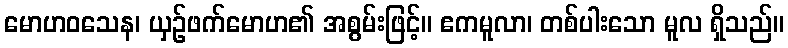
မောဟဝသေန၊ ယှဉ်ဖက်မောဟ၏ အစွမ်းဖြင့်။ ဧကမူလာ၊ တစ်ပါးသော မူလ ရှိသည်။